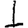
Digit: 1